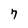
Character: 7